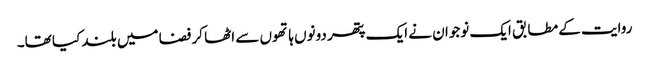
روایت کے مطابق ایک نوجوان نے ایک پتھر دونوں ہاتھوں سے اٹھا کر فضا میں بلند کیا تھا۔